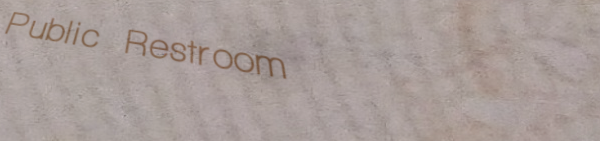
Public Restroom